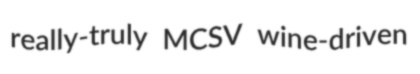
really-truly MCSV wine-driven